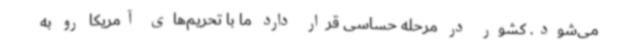
می‌شود. کشور در مرحله حساسی قرار دارد ما با تحریم‌های آمریکا رو به